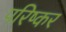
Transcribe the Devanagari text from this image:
परिष्कर